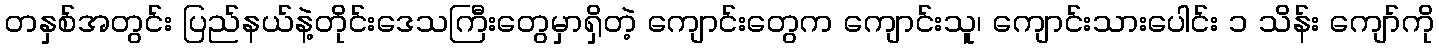
တနှစ်အတွင်း ပြည်နယ်နဲ့တိုင်းဒေသကြီးတွေမှာရှိတဲ့ ကျောင်းတွေက ကျောင်းသူ၊ ကျောင်းသားပေါင်း ၁ သိန်း ကျော်ကို